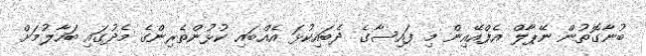
ބުނާގޮތުން ނޭޕާލް އެފްއޭއިން މި ފައިސާގެ ދެބައިކުޅަ އެއްބައި ކުޅުންތެރިންގެ މެދުގައި ބަހާލުމަށް